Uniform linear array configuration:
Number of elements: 24
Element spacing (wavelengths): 1
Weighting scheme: hamming
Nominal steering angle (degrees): -60
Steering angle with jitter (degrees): -58.653
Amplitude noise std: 0.05
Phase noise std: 0.05

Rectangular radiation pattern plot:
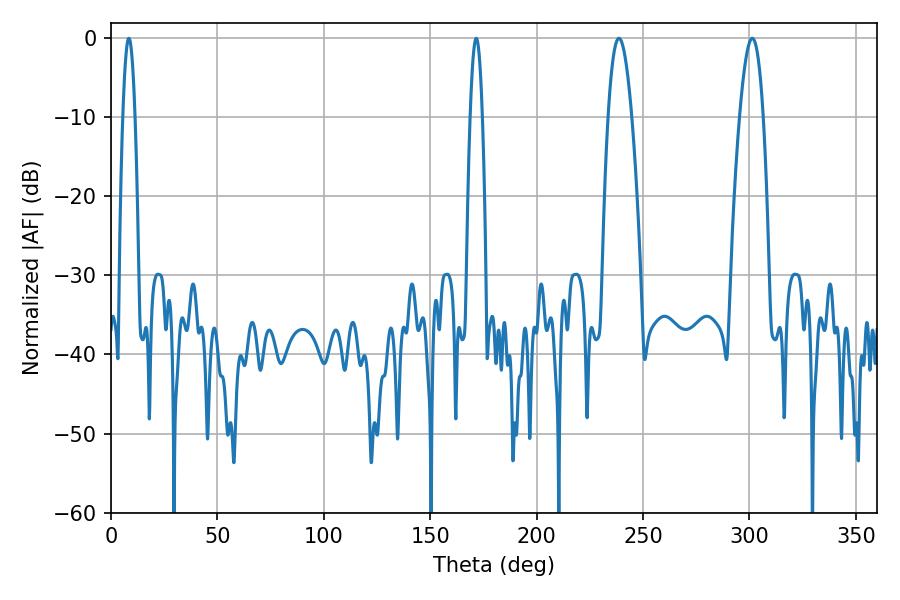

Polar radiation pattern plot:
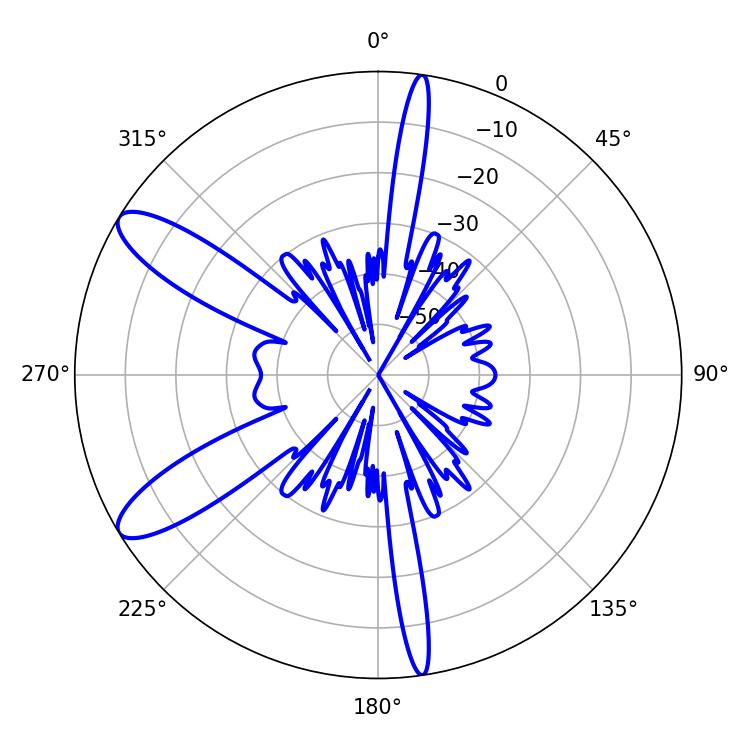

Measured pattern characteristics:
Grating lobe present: TRUE
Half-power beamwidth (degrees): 6.12
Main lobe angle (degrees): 238.68